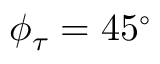
\phi _ { \tau } = 4 5 ^ { \circ }